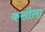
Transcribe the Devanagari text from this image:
कसौला